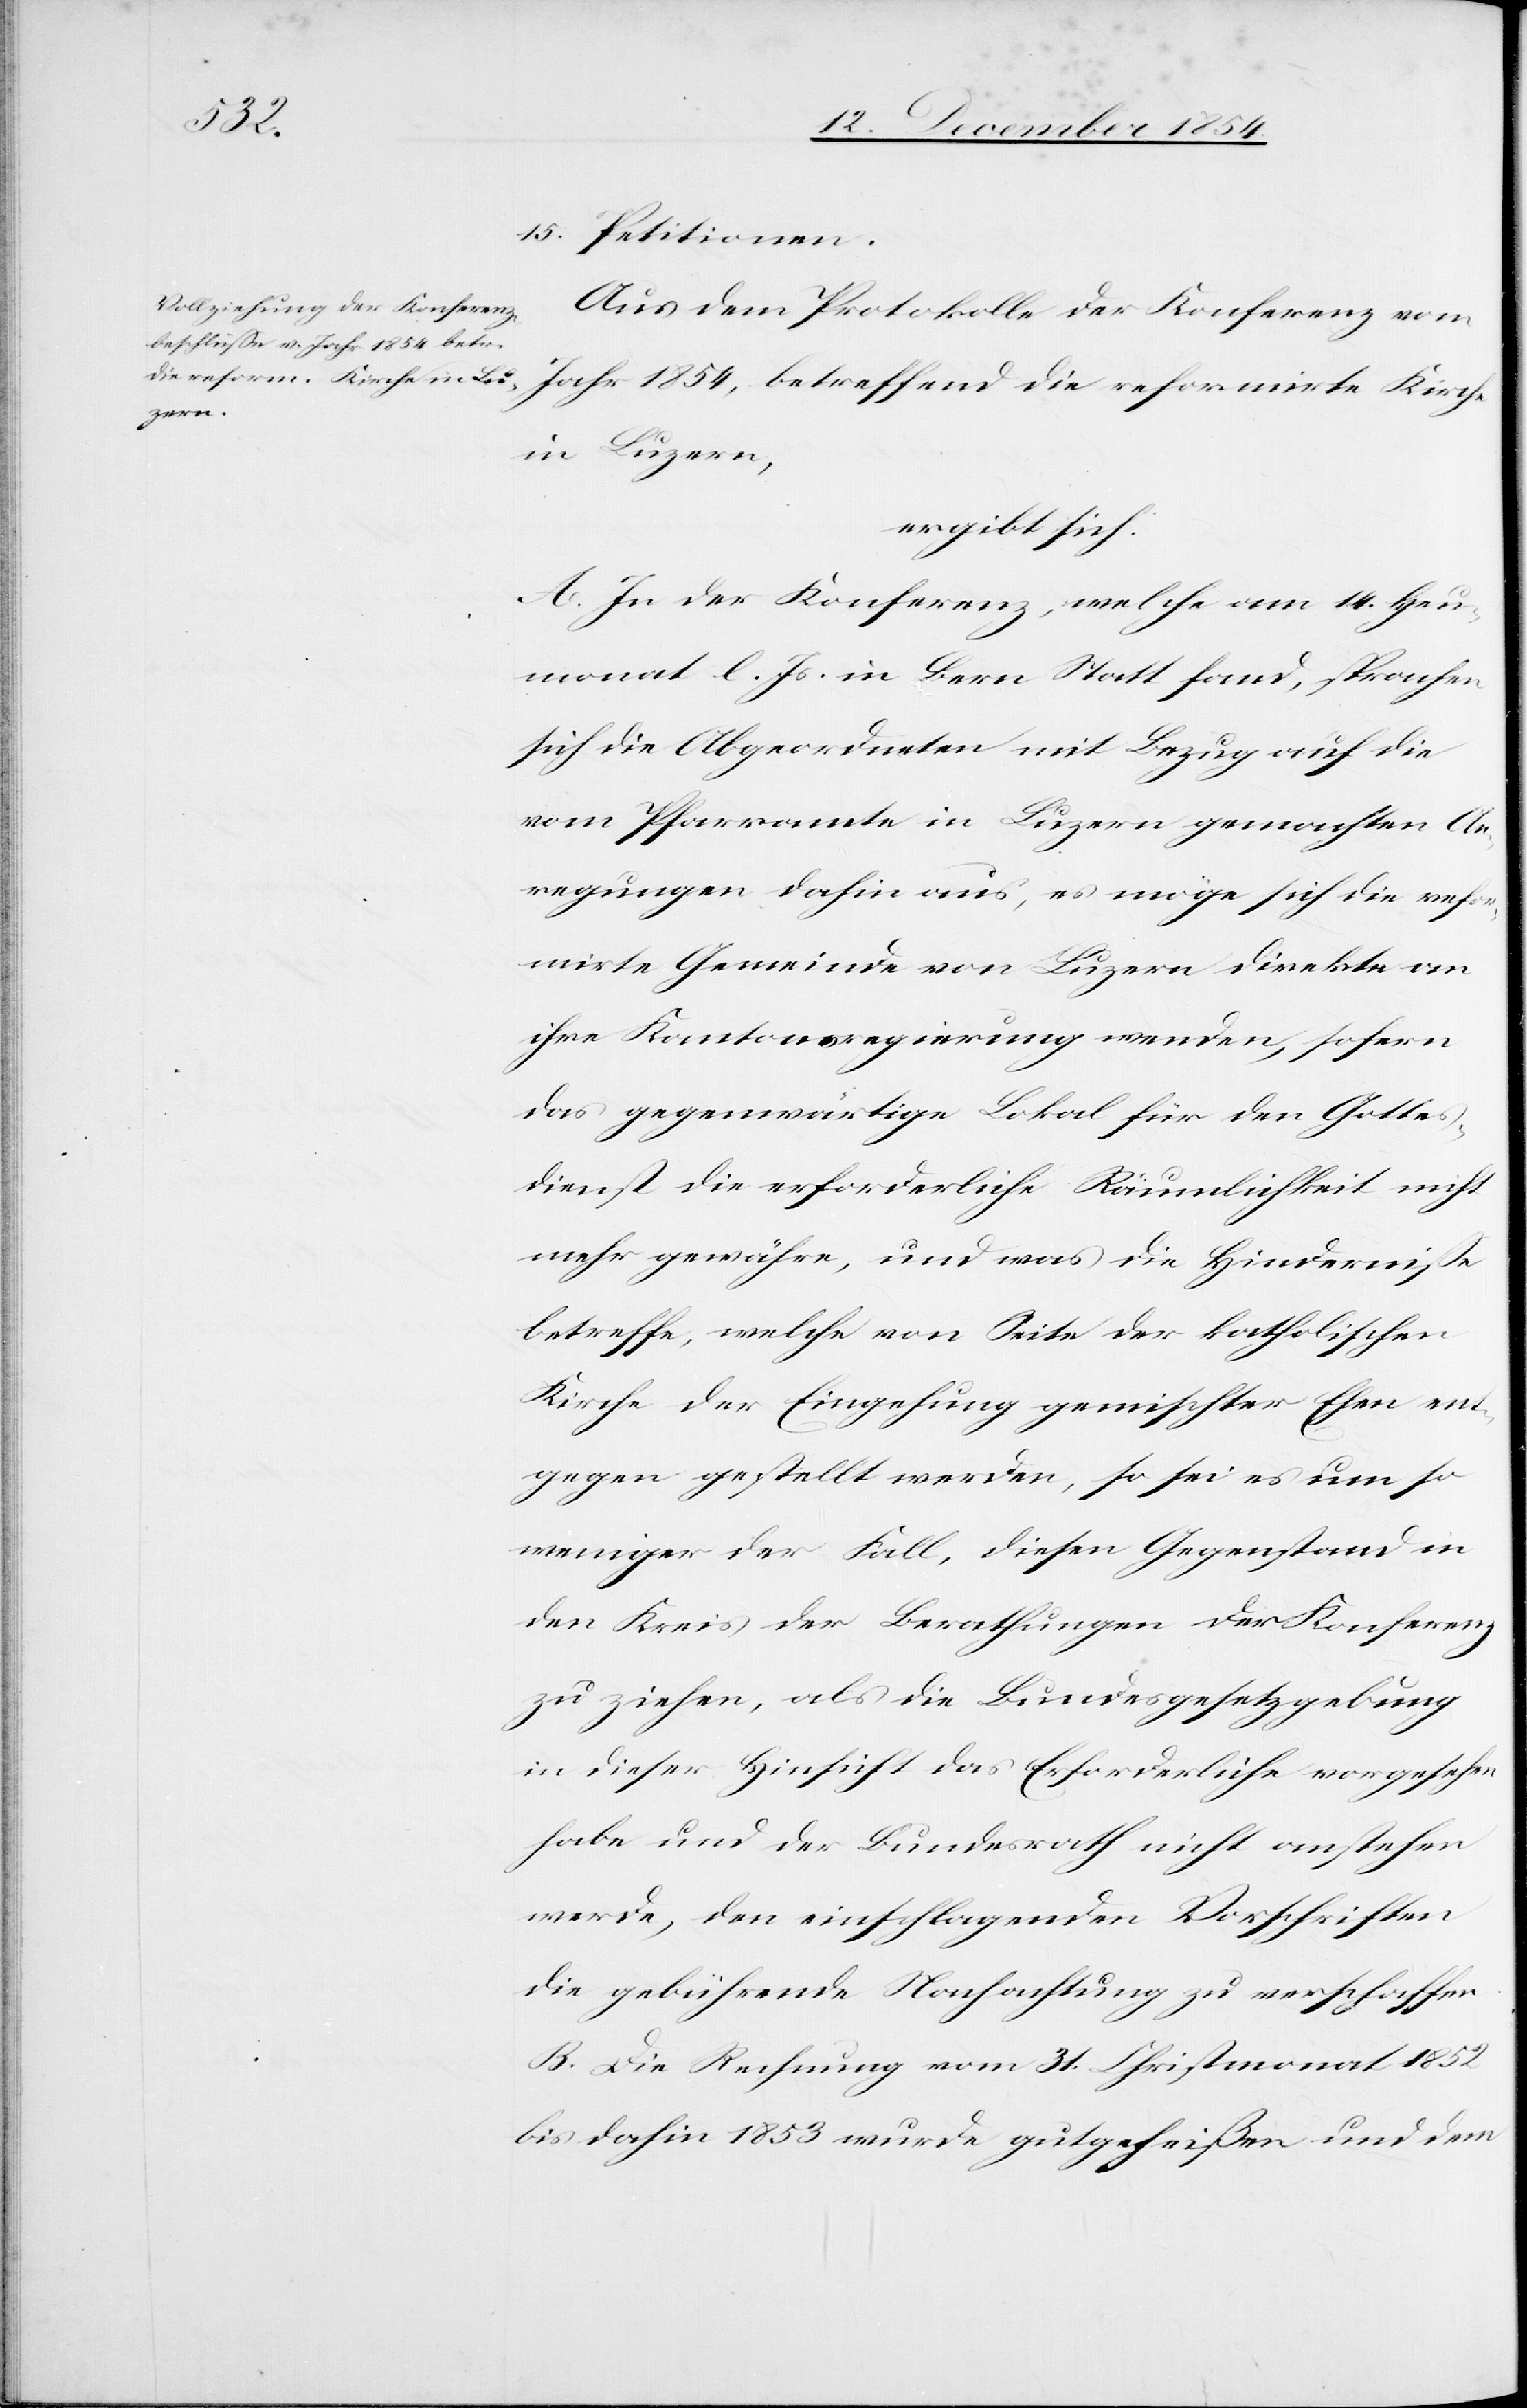
Kirche
15. Petitionen.
Aus dem Protokolle der Konferenz vom
die
in Luzern,
ergibt sich:
A. In der Konferenz, welche am 14. Heu¬
monat l. Js. in Bern Statt fand, sprachen
sich die Abgeordneten mit Bezug auf die
vom Pfarramte in Luzern gemachten An¬
regungen dahin aus, es möge sich die refor¬
mirte Gemeinde von Luzern direkte an
ihre Kantonsregierung wenden, sofern
das gegenwärtige Lokal für den Gottes¬
dienst die erforderliche Räumlichkeit nicht
mehr gewähre, und was die Hinderniße
betreffe, welche von Seite der katholischen
Kirche der Eingehung gemischter Ehen ent¬
gegen gestellt werden, so sei es um so
weniger der Fall, diesen Gegenstand in
den Kreis der Berathungen der Konferenz
zu ziehen, als die Bundesgesetzgebung
in dieser Hinsicht das Erforderliche vorgesehen
habe und der Bundesrath nicht anstehen
werde, den einschlagenden Vorschriften
die gebührende Nachachtung zu verschaffen.
B. Die Rechnung vom 31. Christmonat 1852
bis dahin 1853 wurde gutgeheißen und dem